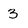
Character: 3